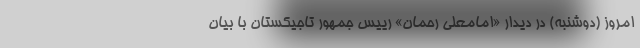
امروز (دوشنبه) در دیدار «امامعلی رحمان» رییس جمهور تاجیکستان با بیان